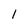
Character: 1